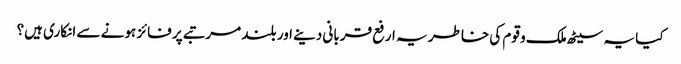
کیا یہ سیٹھ ملک و قوم کی خاطر یہ ارفع قربانی دینے اور بلند مرتبے پر فائز ہونے سے انکاری ہیں؟